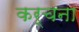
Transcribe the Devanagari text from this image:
कर्चना